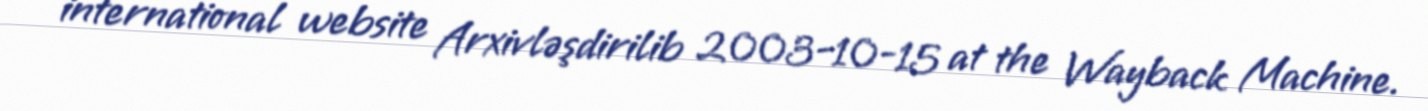
international website Arxivləşdirilib 2003-10-15 at the Wayback Machine.